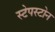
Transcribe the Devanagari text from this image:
स्टेपस्टोन